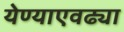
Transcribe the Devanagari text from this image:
येण्याएवढ्या